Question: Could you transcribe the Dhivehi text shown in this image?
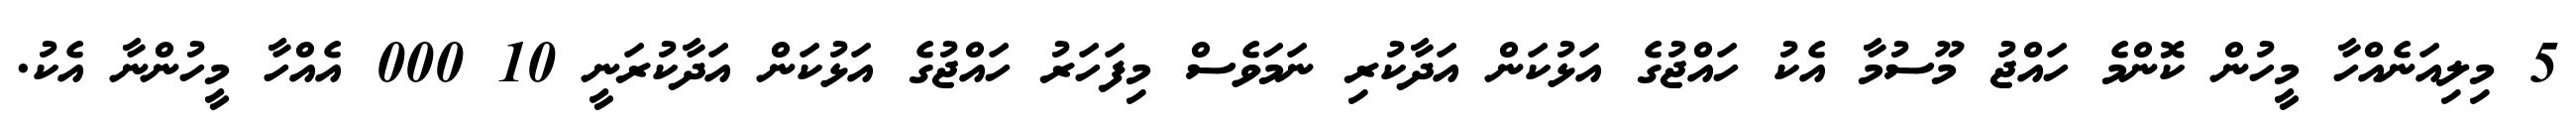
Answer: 5 މިލިއަނެއްހާ މީހުން ކޮންމެ ހައްޖު މޫސުމާ އެކު ހައްޖުގެ އަޅުކަން އަދާކުރި ނަމަވެސް މިފަހަރު ހައްޖުގެ އަޅުކަން އަދާކުރަނީ 10 000 އެއްހާ މީހުންނާ އެކު.